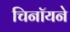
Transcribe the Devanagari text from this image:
चिनॉयने